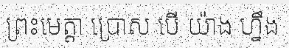
ព្រះមេត្តា ប្រោស បើ យ៉ាង ហ្នឹង